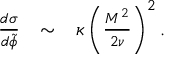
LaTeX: \begin{array} { l c l } { { \frac { { d } \sigma } { d \tilde { \phi } } } } & { { \sim } } & { { \kappa \left( \frac { M ^ { 2 } } { 2 \nu } \right) ^ { 2 } . } } \end{array}